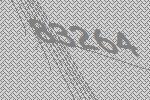
83264